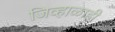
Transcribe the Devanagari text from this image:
जिव्हाळाही